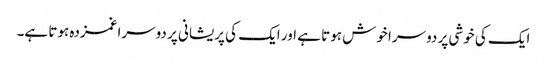
ایک کی خوشی پر دوسرا خوش ہوتا ہے اور ایک کی پریشانی پر دوسرا غمزدہ ہوتا ہے۔